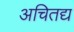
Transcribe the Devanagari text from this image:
अचितद्य